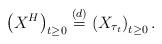
LaTeX: \begin{align*}\left( X^H\right)_{t\ge 0} \stackrel{(d)}{=}\left(X_{\tau_t}\right)_{t\ge 0}.\end{align*}